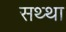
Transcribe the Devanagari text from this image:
सथ्था